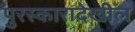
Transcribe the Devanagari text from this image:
पुरस्कारादेखील